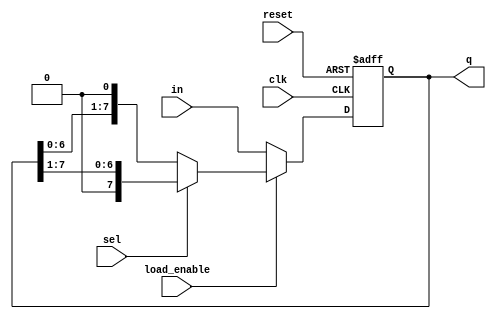
module shift_lr (clk,reset,in,load_enable,sel,q);

input clk, reset, load_enable, sel;
input [7:0]in;
output reg[7:0]q;

always @(posedge clk or negedge reset) begin
    
    if (!reset) begin
        q <= 8'b0;
    end

    else if (load_enable == 1'b0) begin          //if load_enable=0, load value of input to output
        q <= in;
    end

    else begin                                  //if load_enable=1, shift value of output
        if(sel==0)
            q <= {q[6:0], 1'b0};                //if sel=0, left shift

        else                            
            q <= {1'b0, q[7:1]};                //if sel=1, right shift
    end

end

endmodule